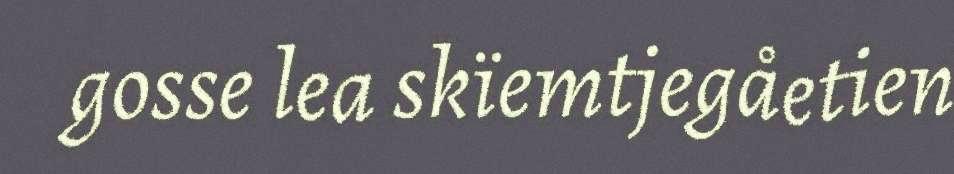
gosse lea skïemtjegåetien